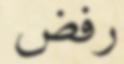
رفض